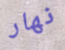
نهار